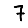
Digit: 7